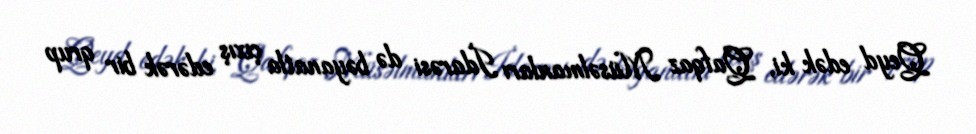
Qeyd edək ki, Qafqaz Müsəlmanları İdarəsi də bəyanatla çıxış edərək bir qrup